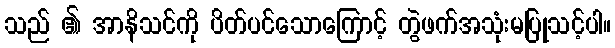
သည် ၏ အာနိသင်ကို ပိတ်ပင်သောကြောင့် တွဲဖက်အသုံးမပြုသင့်ပါ။